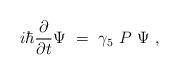
LaTeX: \begin{align*}i\hbar {\partial\over\partial t} \Psi \ = \ \gamma_5 \ P \ \Psi\ ,\end{align*}